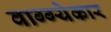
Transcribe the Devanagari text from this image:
वाग्ग्येकार